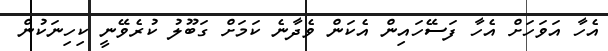
އެހާ އަވަހަށް އެހާ ފަސޭހައިން އެކަން ވެދާނެ ކަމަށް ގަބޫލު ކުރެވޭނީ ކިހިނަކުން